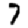
Digit: 7